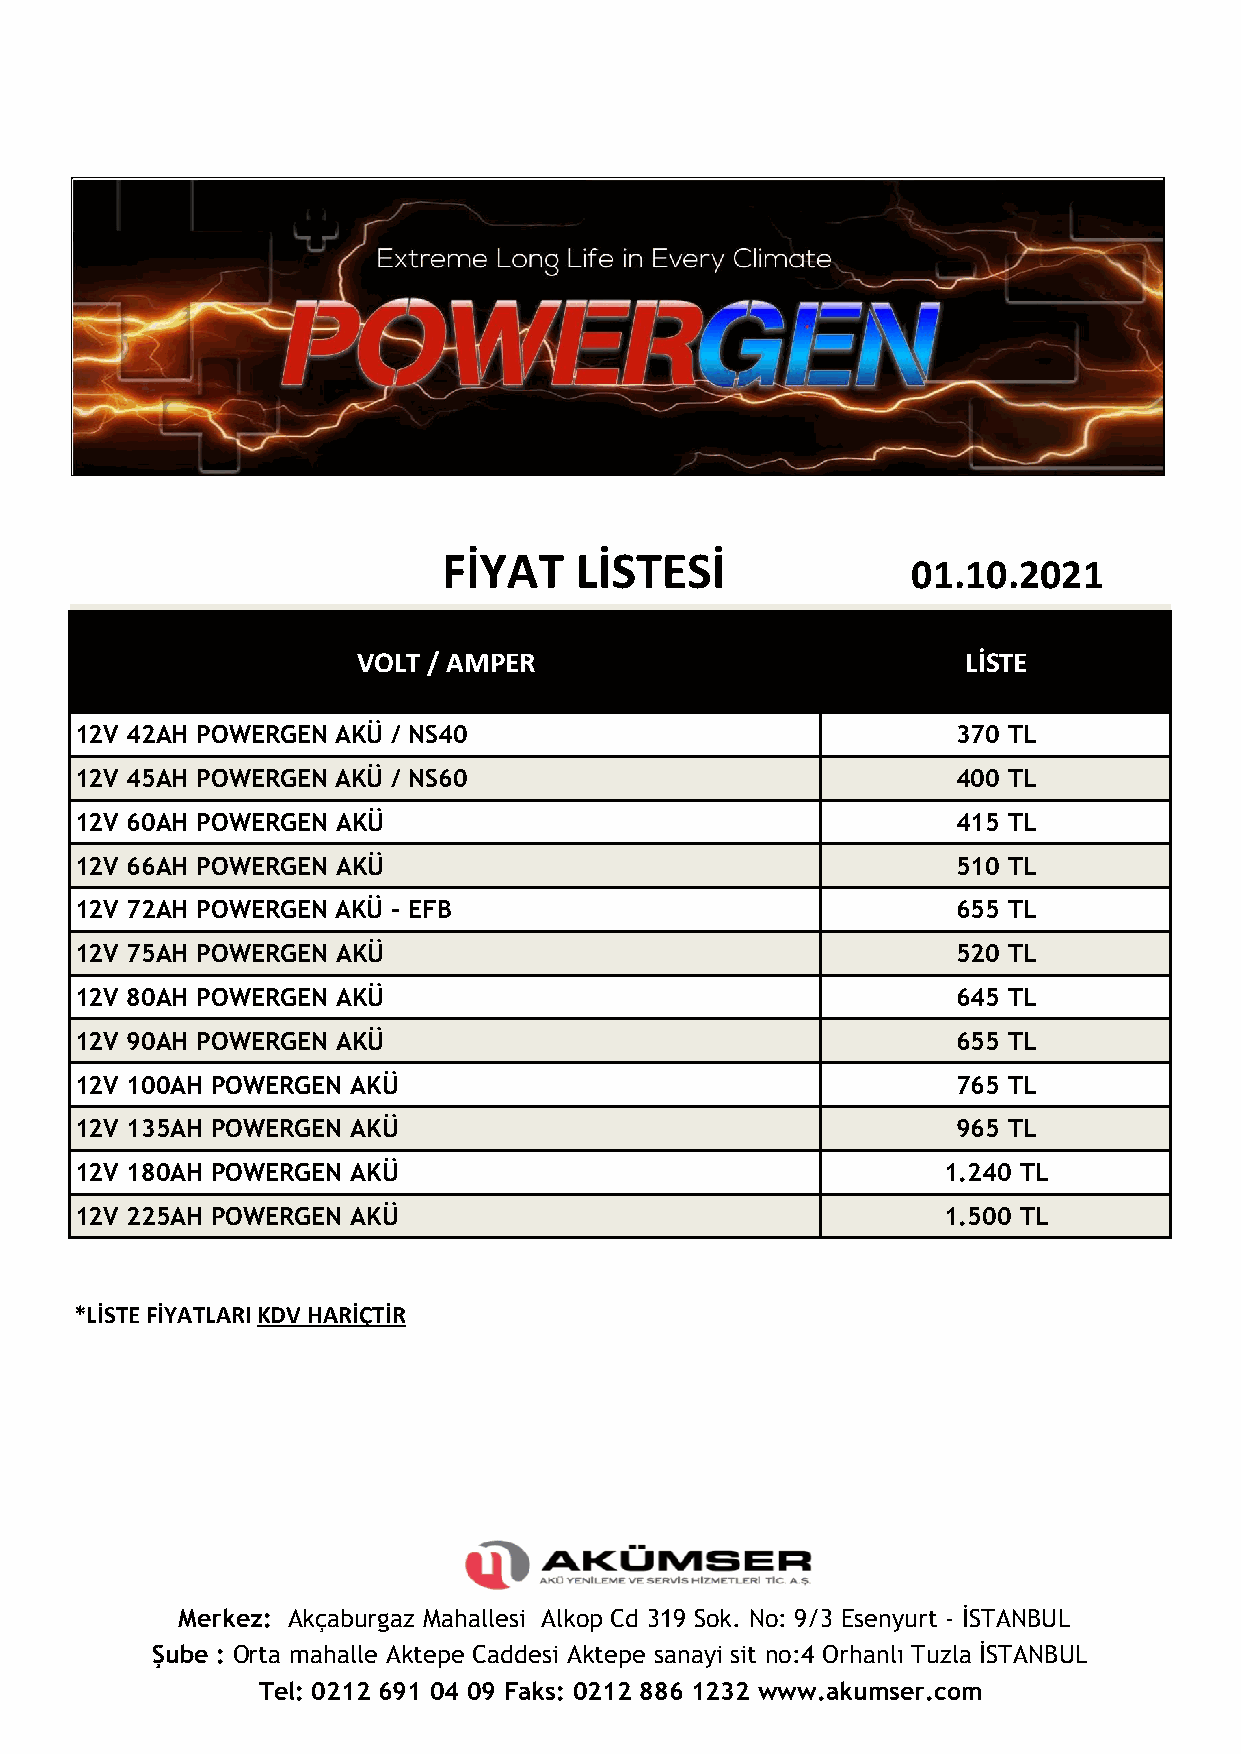
FİYAT    LİSTESİ
 01.10.2021
 VOLT / AMPER                            LİSTE
 12V 42AH POWERGEN AKÜ / NS40                              370 TL
 12V 45AH POWERGEN AKÜ / NS60                              400 TL
 12V 60AH POWERGEN AKÜ                                     415 TL
 12V 66AH POWERGEN AKÜ                                     510 TL
 12V 72AH POWERGEN AKÜ - EFB                               655 TL
 12V 75AH POWERGEN AKÜ                                     520 TL
 12V 80AH POWERGEN AKÜ                                     645 TL
 12V 90AH POWERGEN AKÜ                                     655 TL
 12V 100AH POWERGEN AKÜ                                    765 TL
 12V 135AH POWERGEN AKÜ                                    965 TL
 12V 180AH POWERGEN AKÜ                                   1.240 TL
 12V 225AH POWERGEN AKÜ                                   1.500 TL
 *LİSTE FİYATLARI KDV HARİÇTİR
 Merkez: Akçaburgaz Mahallesi Alkop Cd 319 Sok. No: 9/3 Esenyurt - İSTANBUL
 Şube : Orta mahalle Aktepe Caddesi Aktepe sanayi sit no:4 Orhanlı Tuzla İSTANBUL
 Tel: 0212 691 04 09 Faks: 0212 886 1232 www.akumser.com